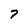
Character: 7